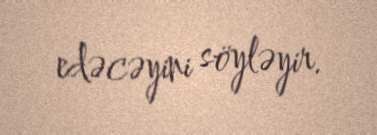
edəcəyini söyləyir.